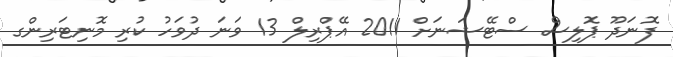
ފޮނަދޫ ޕޮލިސް ސްޓޭޝަނަށް 2011 އޭޕްރިލް 13 ވަނަ ދުވަހު ކުރި މޮނިޓަރިންގ